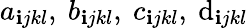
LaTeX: a_{\mathbf{i}jkl},\ b_{\mathbf{i}jkl},\ c_{\mathbf{i}jkl},\ \mathrm{d}_{\mathbf{i}jkl}